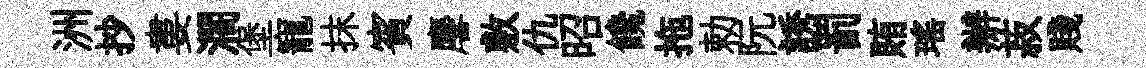
洲抄婁濶堡寵抹賓麐敷仇昭饞拖勅阮誘罰賄瑤辦菽賤